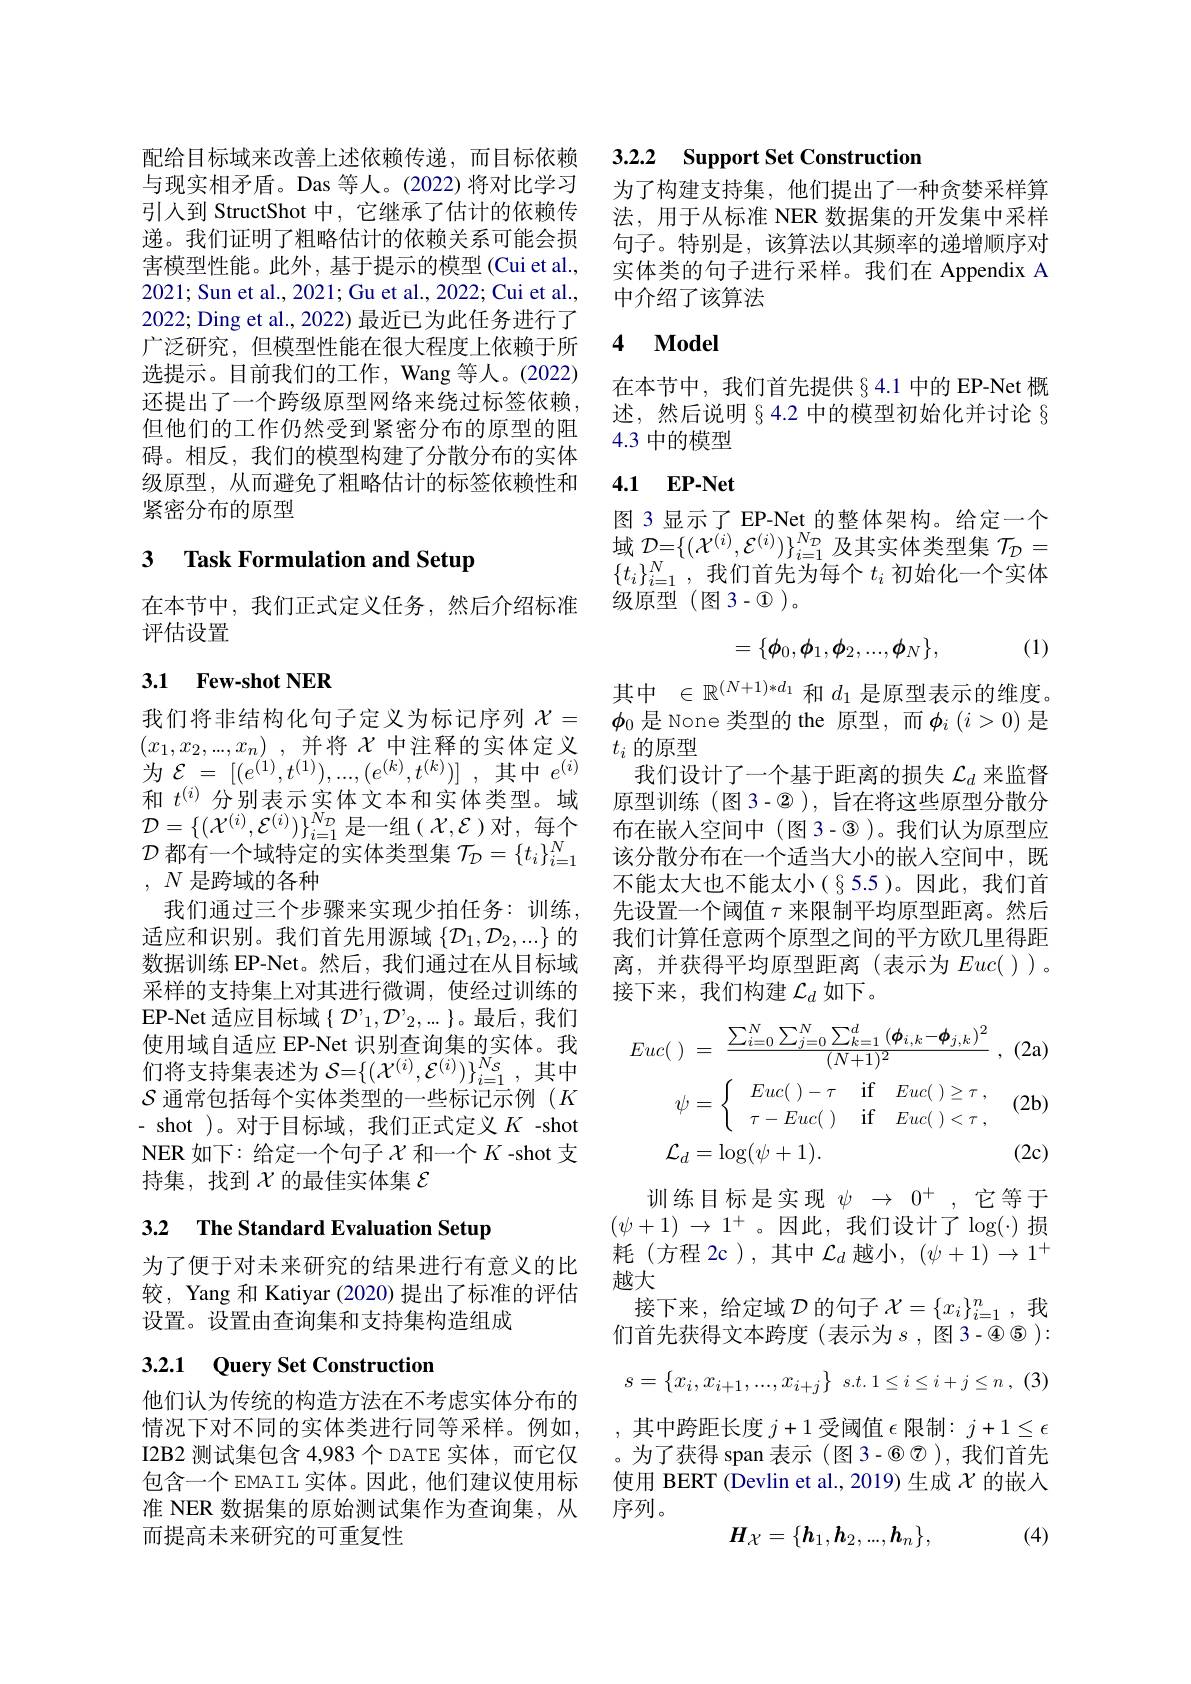
与现实相矛盾。Das 等人。(2022)将对比学习引入到 StructShot 中，它继承了估计的依赖传递。我们证明了粗略估计的依赖关系可能会损害模型性能。此外，基于提示的模型(Cui et al., 2021; Sun et al., 2021; Gu et al., 2022; Cui et al., 2022; Ding et al., 2022) 最近已为此任务进行了广泛研究，但模型性能在很大程度上依赖于所选提示。目前我们的工作，Wang 等人。(2022) 还提出了一个跨级原型网络来绕过标签依赖， 但他们的工作仍然受到紧密分布的原型的阻碍。相反，我们的模型构建了分散分布的实体级原型，从而避免了粗略估计的标签依赖性和紧密分布的原型

## 3 $\textbf{Task Formulation and Setup}$

在本节中，我们正式定义任务，然后介绍标准
评估设置

### 3.1 Few-shot NER

$\mathcal{D}$都有一个域特定的实体类型集$\mathcal{T}_\mathcal{D}=\{t_i\}_{i=1}^N$
, $N$是跨域的各种

为$\mathcal{E}=\left[(e^{(1)},t^{(1)}),...,(e^{(k)},t^{(k)})\right]$,其中$e^(i)$
我们通过三个步骤来实现少拍任务：训练， 适应和识别。我们首先用源域$\{\mathcal{D}_1,\mathcal{D}_2,...\}$的数据训练 EP-Net。然后，我们通过在从目标域采样的支持集上对其进行微调，使经过训练的$\mathsf{EP-Net}$ 适应目标域$\{\mathcal{D}^{\prime}_1,\mathcal{D}^{\prime}_2,...\}$。最后，我们使用域自适应 EP-Net 识别查询集的实体。我们将支持集表述为$\mathcal{S}=\{(\mathcal{X}^{(i)},\mathcal{E}^{(i)})\}_{i=1}^{Ns}$,其中$\mathcal{S}$通常包括每个实体类型的一些标记示例($K$ - shot )。对于目标域，我们正式定义$K$ -shot NER 如下：给定一个句子$\chi$和一个$K$ -shot 支持集，找到$\chi$的最佳实体集 $\varepsilon$

# 3.2 The Standard Evaluation Setup

为了便于对未来研究的结果进行有意义的比较，Yang 和 Katiyar (2020) 提出了标准的评估设置。设置由查询集和支持集构造组成

# 3.2.1 Query Set Construction

他们认为传统的构造方法在不考虑实体分布的
而提高未来研究的可重复性

## 配给目标域来改善上述依赖传递，而目标依赖 3.2.2 Support Set Construction

为了构建支持集，他们提出了一种贪婪采样算法，用于从标准 NER 数据集的开发集中采样句子。特别是，该算法以其频率的递增顺序对实体类的句子进行采样。我们在 Appendix A 中介绍了该算法

### 4 $\mathbf{Model}$

在本节中，我们首先提供§4.1 中的 EP-Net 概述，然后说明§4.2 中的模型初始化并讨论 § 4.3中的模型

### 4.1 $\mathbf{EP- Net}$

图 3 显示了 EP-Net 的整体架构。给定一个$\mathop{\text{域 }\mathcal{D}=\{(\mathcal{X}^{(i)},\mathcal{E}^{(i)})\}_{i=1}^{N_{\mathcal{D}}}\:\text{及其实体类型集 }\mathcal{T}_{\mathcal{D}}=}$ $\{t_i\}_{i=1}^N$,我们首先为每个$t_i$ 初始化一个实体级原型(图3-$\textcircled{1})$。

(1)
$$=\{\phi_0,\phi_1,\phi_2,...,\phi_N\},$$
其中 $\in \mathbb{R} ^{( N+ 1) * d_1}$和$d_1$是原型表示的维度。
我们将非结构化句子定义为标记序列$\begin{array}{cc}\chi=&\phi_0\end{array}$是 None 类型的 the 原型，而 $\phi_i\left(i>0\right)$ 是
$( x_1, x_2, . . . , x_n)$ ,并将$\chi$中注释的实体定义 $t_i$的原型
我们设计了一个基于距离的损失$\mathcal{L}_d$来监督
和$t^{(i)}$分别表示实体文本和实体类型。域 原型训练(图3-2),旨在将这些原型分散分$\mathcal{D}=\{(\mathcal{X}^{(i)},\mathcal{E}^{(i)})\}_{i=1}^{N_\mathcal{D}}$是一组$(\mathcal{X},\mathcal{E})$对，每个 布在嵌入空间中 (图3-®)。我们认为原型应
该分散分布在一个适当大小的嵌入空间中，既不能太大也不能太小(§5.5)。因此，我们首先设置一个阈值$\tau$来限制平均原型距离。然后我们计算任意两个原型之间的平方欧几里得距离，并获得平均原型距离(表示为$Euc($))。接下来，我们构建$\mathcal{L}_d$如下。
$$\left.\begin{aligned}Euc(\:)&=\:\frac{\sum_{i=0}^{N}\sum_{j=0}^{N}\sum_{k=1}^{d}{(\boldsymbol{\phi}_{i,k}-\boldsymbol{\phi}_{j,k})^{2}}}{(N+1)^{2}}\:,\:(2\mathrm{a})\\\psi&=\left\{\begin{array}{ccc}Euc(\:)-\tau&\mathrm{if}&Euc(\:)\geq\tau\:,\\\tau-Euc(\:)&\mathrm{if}&Euc(\:)<\tau\:,\end{array}\right.(2\mathrm{b})\\\mathcal{L}_{d}&=\log(\psi+1).&\text{(2c)}\end{aligned}\right.$$
训练目标是实现$\psi_{\rightarrow}0^{+}$,它等于$(\psi+1)\to1^+$。因此，我们设计了$\log(\cdot)$损耗(方程 2c),其中$\mathcal{L}_d$越小，$(\psi+1)\to1^+$ 越大
接下来，给定域$\mathcal{D}$的句子$\mathcal{X}=\{x_i\}_i=1^n$,我们首先获得文本跨度(表示为$s$,图3-$\textcircled{5}):$
$$s=\{x_i,x_{i+1},...,x_{i+j}\}$$
情况下对不同的实体类进行同等采样。例如，,其中跨距长度$j+1$受阈值$\epsilon$限制：$j+1\leq\epsilon$ I2B2 测试集包含 4,983 个 DATE 实体，而它仅 。为了获得 span 表示 (图 3- ◉©),我们首先包含一个 EMAIL 实体。因此，他们建议使用标 使用 BERT (Devlin et al., 2019) 生成$\chi$的嵌人准 NER 数据集的原始测试集作为查询集，从 序列。
$$\boldsymbol{H}_{\mathcal{X}}=\{\boldsymbol{h}_1,\boldsymbol{h}_2,...,\boldsymbol{h}_n\},$$
(4)